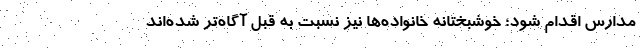
مدارس اقدام شود؛ خوشبختانه خانواده‌ها نیز نسبت به قبل آگاه‌تر شده‌اند